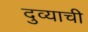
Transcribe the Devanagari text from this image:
दुव्याची